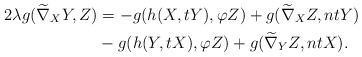
\begin{align*}2\lambda g(\widetilde\nabla_{X}Y,Z)&=-g(h(X,tY), \varphi Z)+g(\widetilde\nabla_{X}Z, ntY) \\ & -g(h(Y,tX),\varphi Z)+g(\widetilde\nabla_{Y}Z, ntX).\end{align*}